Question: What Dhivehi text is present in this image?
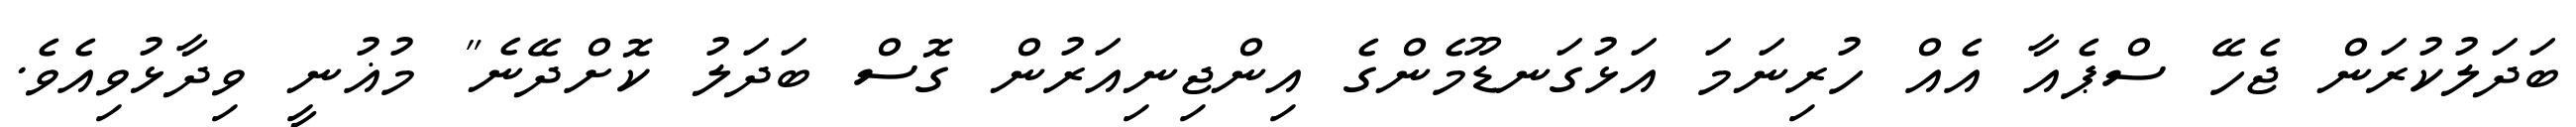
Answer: ބަދަލުކުރަން ޖެހޭ ސްޕެއާ އެއް ހުރިނަމަ އަޅުގަނޑޫމެންގެ އިންޖިނިއަރުން ގޮސް ބަދަލު ކޮށްދޭނެ" މުޣުނީ ވިދާޅުވިއެވެ.